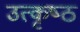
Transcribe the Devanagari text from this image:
उत्‍कृष्‍ठ